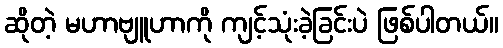
ဆိုတဲ့ မဟာဗျူဟာကို ကျင့်သုံးခဲ့ခြင်းပဲ ဖြစ်ပါတယ်။